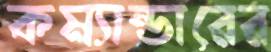
কম্যান্ডারের